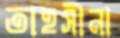
তাহসীনা